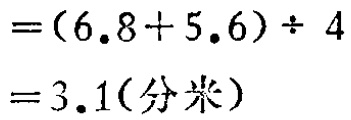
\[

\begin{align*}

&=(6.8 + 5.6)\div4\\

&=3.1(\text{分米})

\end{align*}

\]